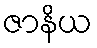
ဇာနိယ